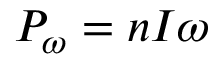
P _ { \omega } = n I \omega